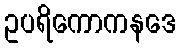
ဥပရိကောကနဒေ